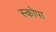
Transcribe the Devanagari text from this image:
स्कोपा